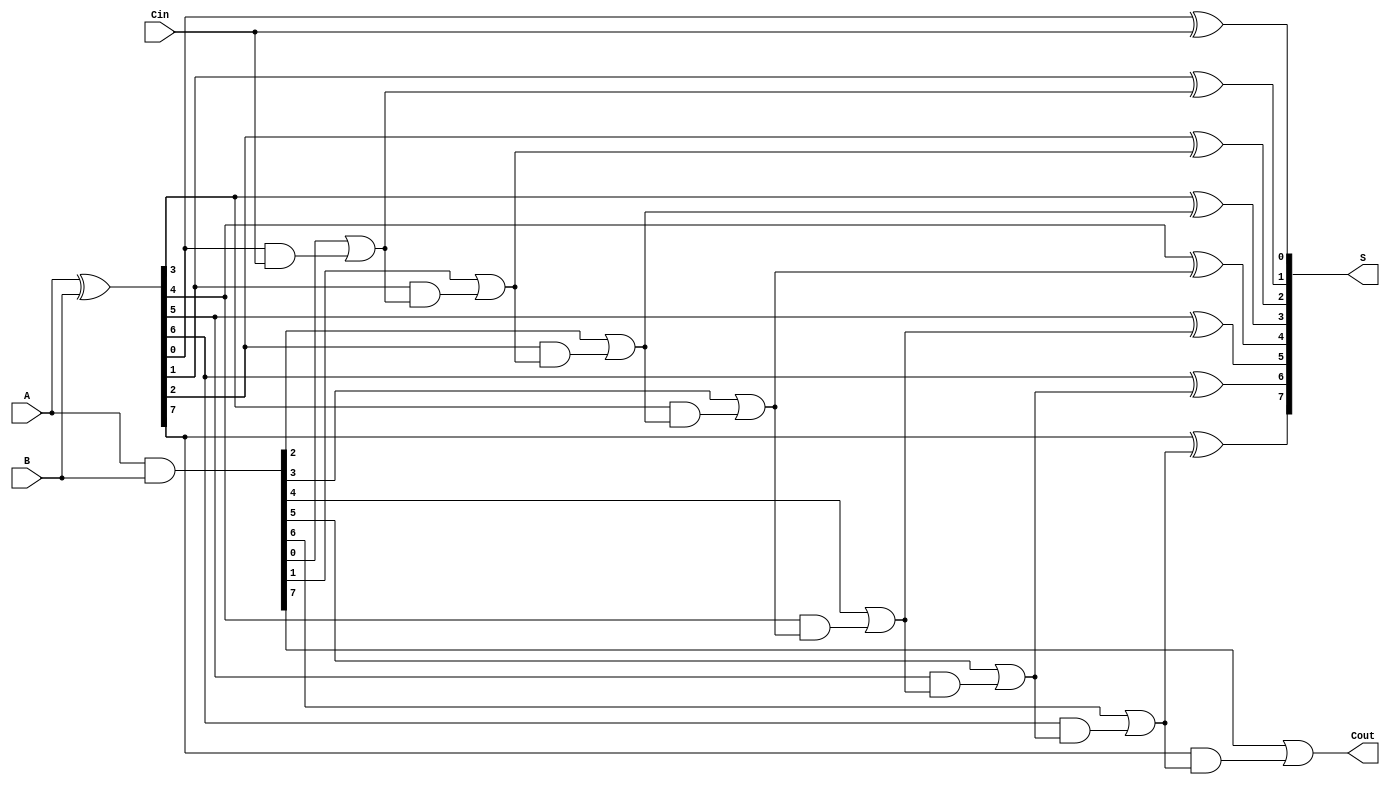
module KoggeStoneAdder #(parameter n = 8) (
    input  [n-1:0] A,
    input  [n-1:0] B,
    input          Cin,
    output [n-1:0] S,
    output         Cout
);

    wire [n-1:0] G; // Generate signals
    wire [n-1:0] P; // Propagate signals
    wire [n:0] C;   // Carry signals

    // Generate and Propagate calculations
    assign G = A & B;
    assign P = A ^ B;

    // Carry generation
    assign C[0] = Cin; // Initial carry input
    genvar i, j;
    
    // Kogge-Stone carry generation
    generate
        for (i = 0; i < n; i = i + 1) begin : carry_gen
            if (i == 0) begin
                assign C[i] = C[0]; // Cin for the first bit
            end else begin
                assign C[i] = G[i-1] | (P[i-1] & C[i-1]);
            end
        end
    endgenerate

    // Sum calculation
    generate
        for (j = 0; j < n; j = j + 1) begin : sum_calc
            assign S[j] = P[j] ^ C[j];
        end
    endgenerate

    // Carry out
    assign Cout = G[n-1] | (P[n-1] & C[n-1]);

endmodule